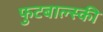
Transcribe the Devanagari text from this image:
फुटबाल्स्की